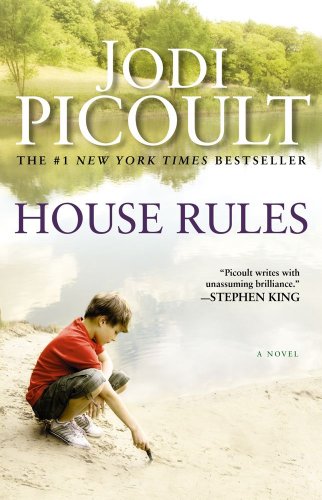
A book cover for House Rules: A Novel; Jodi Picoult; Mystery, Thriller & Suspense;